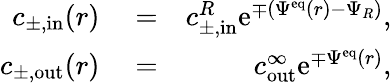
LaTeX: \begin{array}{rlr}{c_{\pm,\mathrm{in}}(r)}&{{}=}&{c_{\pm,\mathrm{in}}^{R}\mathrm{e}^{\mp(\Psi^{\mathrm{eq}}(r)-\Psi_{R})},}\\ {c_{\pm,\mathrm{out}}(r)}&{{}=}&{c_{\mathrm{out}}^{\infty}\mathrm{e}^{\mp\Psi^{\mathrm{eq}}(r)},}\end{array}